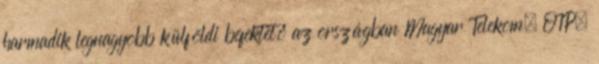
harmadik legnagyobb külföldi befektető az országban Magyar Telekom, OTP,